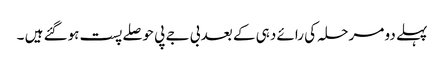
پہلے دو مرحلہ کی رائے دہی کے بعد بی جے پی حوصلے پست ہوگئے ہیں ۔